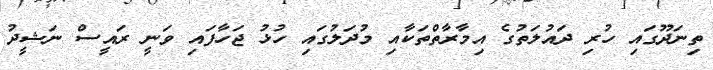
ތިނަދޫގައި ހުރި ދައުލަތުގެ އިމާރާތްތަކާއި މުދަލުގައި ހުޅު ޖަހާފައި ވަނީ ރައީސް ނަޝީދު